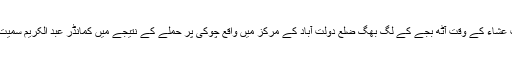
اسی طرح پیر کے رات عشاء کے وقت آٹھ بجے کے لگ بھگ ضلع دولت آباد کے مرکز میں واقع چوکی پر حملے کے نتیجے میں کمانڈر عبد الکریم سمیت 3 اہلکار زخمی ہوئے۔